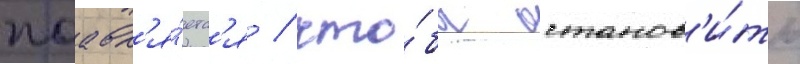
поавл'я́етс'я / что́бы останов'и́ть